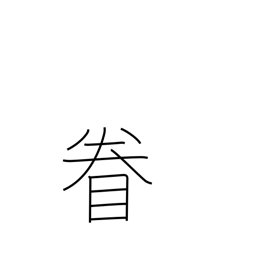
Meaning: look around